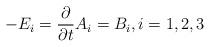
LaTeX: \begin{align*}-E_{i}=\frac{\partial }{\partial t}A_{i}=B_{i},i=1,2,3 \end{align*}